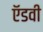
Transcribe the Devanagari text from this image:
ऍडवी